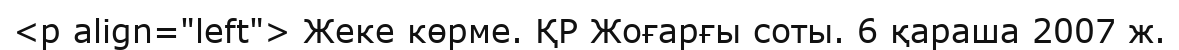
<p align="left"> Жеке көрме. ҚР Жоғарғы соты. 6 қараша 2007 ж.